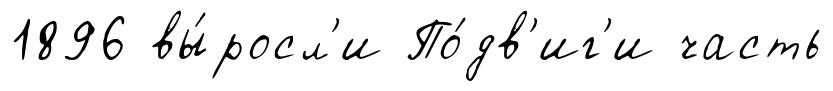
1896 вы́росл'и По́дв'иг'и часть